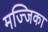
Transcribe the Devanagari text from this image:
मज्जिका